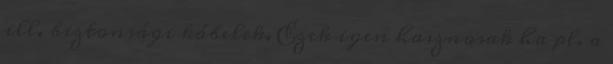
ill. biztonsági kábelek. Ezek igen hasznosak ha pl. a